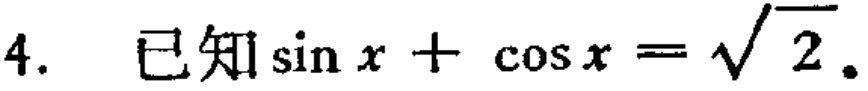
已知\(\sin x + \cos x = \sqrt{2}\)。